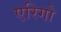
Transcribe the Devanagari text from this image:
एरिगो